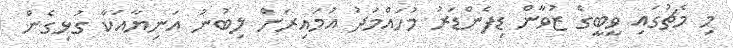
މި މެޗުގައި ވީބީގެ ޒުވާން ޑިފެންޑަރު މުހައްމަދު އުމައިރަށް ލިބުނު އަނިޔާއަކާ ގުޅިގެން